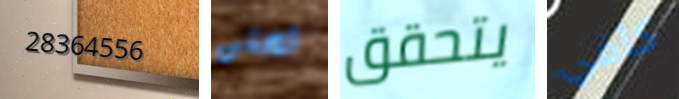
28364556 تحلق يتحقق كافي